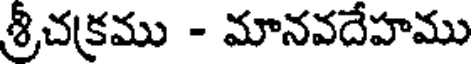
శ్రీచక్రము - మానవదేహము